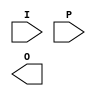
module GAL (
    input wire [N-1:0] I,       // Input vector (N inputs)
    input wire [M-1:0] P,       // Product term enable signals (M product terms)
    output wire [O-1:0] O       // Output vector (O outputs)
);
    parameter N = 4;            // Number of inputs
    parameter M = 8;            // Number of product terms
    parameter O = 2;            // Number of outputs

    // Declare the programmable AND array
    wire [M-1:0] and_out;       // Outputs of the AND array
    wire [O-1:0] or_out;        // Outputs of the OR array

    // Example of programmable AND gates
    // Each AND gate can be programmed to connect specific input signals
    assign and_out[0] = I[0] & I[1]; // Product Term 1
    assign and_out[1] = I[1] & I[2]; // Product Term 2
    assign and_out[2] = I[0] & I[3]; // Product Term 3
    assign and_out[3] = I[2] & I[3]; // Product Term 4
    assign and_out[4] = I[0] & I[1] & I[2]; // Product Term 5
    assign and_out[5] = I[1] & I[2] & I[3]; // Product Term 6
    assign and_out[6] = I[0] | I[3]; // Product Term 7
    assign and_out[7] = I[0] ^ I[1]; // Product Term 8

    // Fixed OR array to generate outputs
    assign O[0] = (and_out[0] & P[0]) | (and_out[1] & P[1]) | (and_out[2] & P[2]);
    assign O[1] = (and_out[3] & P[3]) | (and_out[4] & P[4]) | (and_out[5] & P[5]) |
                   (and_out[6] & P[6]) | (and_out[7] & P[7]);

endmodule